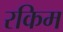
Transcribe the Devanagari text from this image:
रकिम